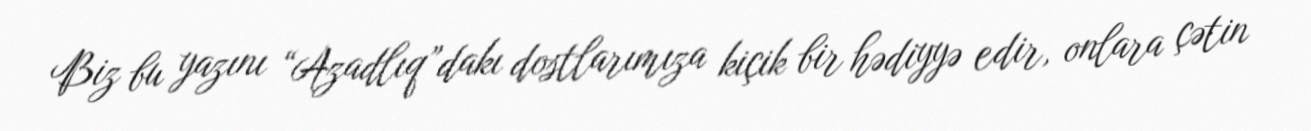
Biz bu yazını “Azadlıq”dakı dostlarımıza kiçik bir hədiyyə edir, onlara çətin